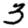
Digit: 3